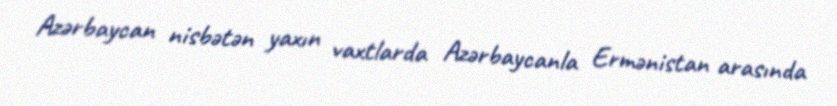
Azərbaycan nisbətən yaxın vaxtlarda Azərbaycanla Ermənistan arasında